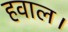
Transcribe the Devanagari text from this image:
हवाल।